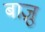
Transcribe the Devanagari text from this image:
बाज़ु